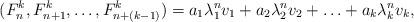
LaTeX: \begin{align*}(F^k_n, F^k_{n+1}, \ldots, F^k_{n+(k-1)}) = a_1 \lambda_1^n v_1 + a_2 \lambda_2^n v_2 + \ldots + a_k \lambda_k^n v_k,\end{align*}